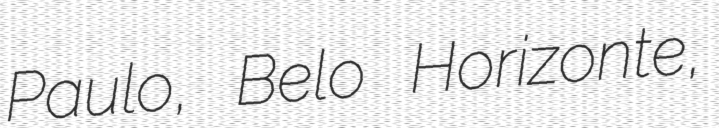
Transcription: Paulo, Belo Horizonte,